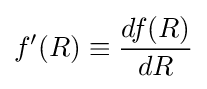
f'(R)\equiv {\frac {df(R)}{dR}}